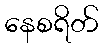
နေစရိတ်